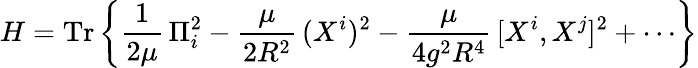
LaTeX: H=\mathrm{Tr}\left\{ \frac{1}{2\mu}\, \Pi_{i}^{2}-\frac{\mu}{2R^{2}}\, (X^{i})^{2}-\frac{\mu}{4g^{2}R^{4}}\, [X^{i},X^{j}]^{2}+\cdots\right\}